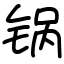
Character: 锅